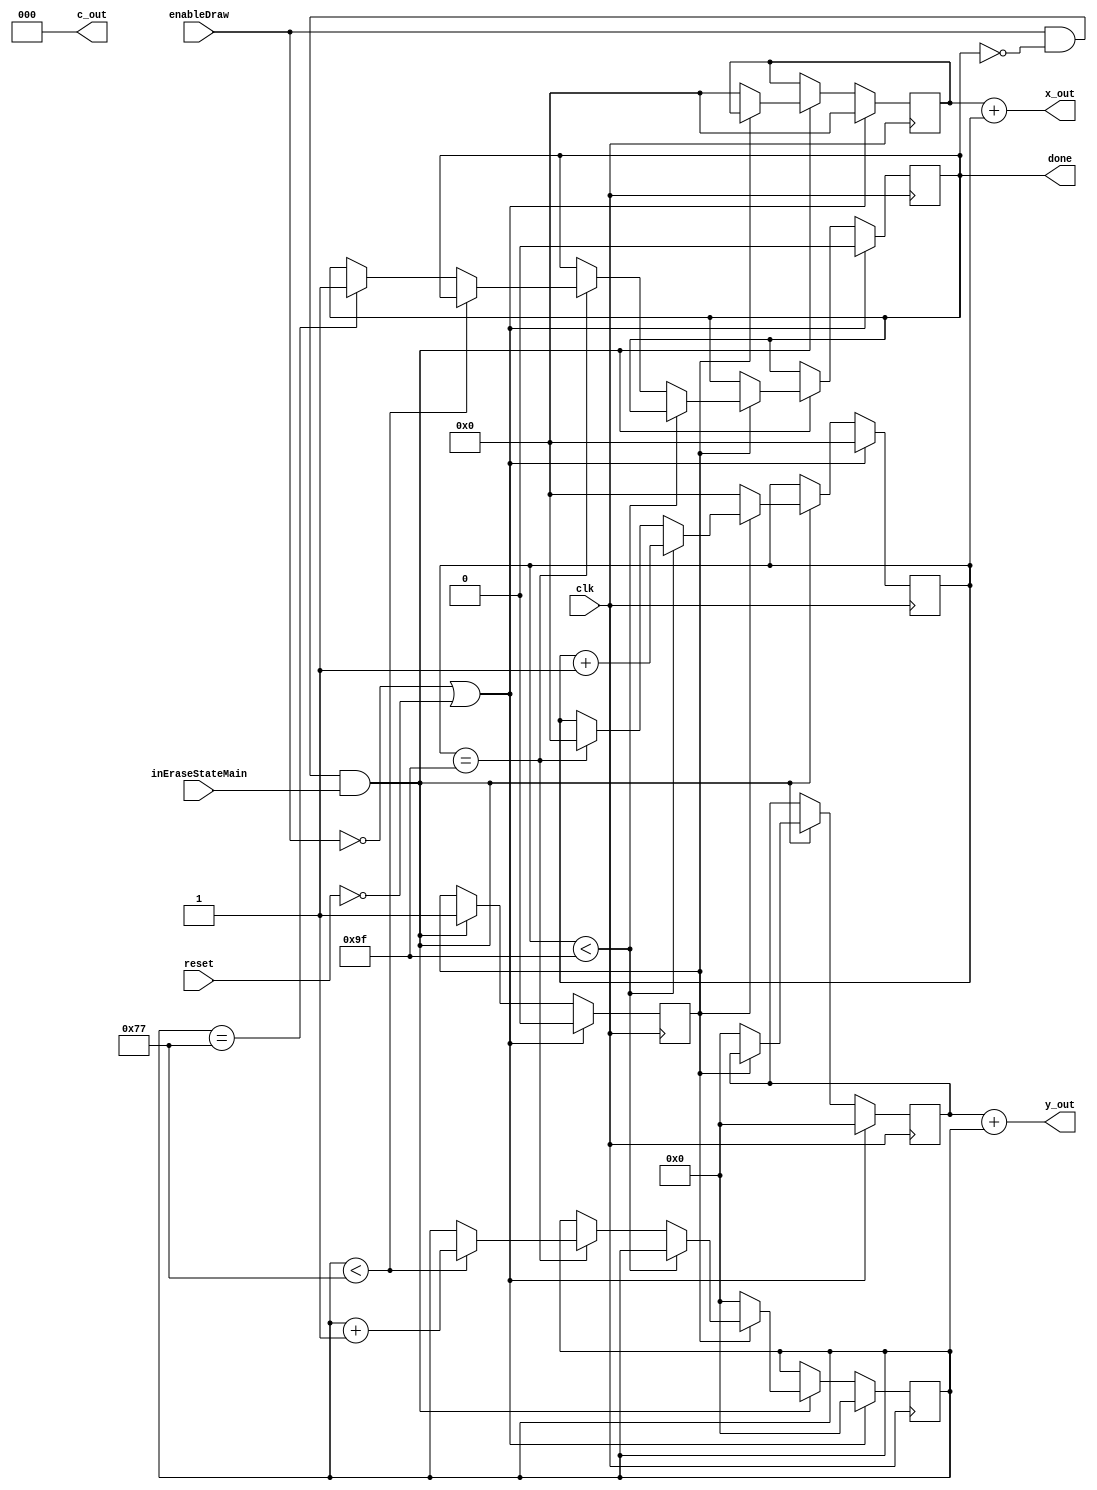
module erase(
	input clk, reset, enableDraw,
	output [7:0] x_out,
	output [6:0] y_out,
	output [2:0] c_out,
	output done,
	input inEraseStateMain
);
    
	reg [7:0] counterX, xOut; //placeholder for x_out and the counter assosciated with it
	reg [6:0] counterY, yOut; //placeholder for y_out and the counter assosciated with it
	reg done_;			//placeholder for the done output signal
	reg [2:0] color;		//reg for color
	reg start;

    localparam width = 8'd159,
              height = 7'd119;
	// draw logic

    	always @(posedge clk)
    	begin
    		if (!enableDraw || !reset) begin //when not draw and reset
    			counterX<=0; // reset counters when not enable
    			counterY<=0;
    			xOut<=0;	// when not drawing, x,y=0, c=0
    			yOut<=0;
    			done_<= 0;
    			start <=0;
    		end
    		else if (enableDraw && !done_ && inEraseStateMain) begin // when start draw and have not done draw yet
    			if (!start) begin 		// initiate starting drawing condition
    				start <= 1;
    				counterX <= 0;
    				counterY <= 0;
    				xOut<=0;
    				yOut<=0;
    			end
    			else if (start) begin			// when started to draw
    				if (counterX < width) begin counterX <= counterX + 1; end 	// drawing row
    				else if (counterX == width) begin		// one row finished, y+1 or not
    					counterX <= 0; 
    					if (counterY < height) begin	// new row
    						counterY <= counterY + 1;
    					end
    					else if (counterY == height) begin
    						done_ = 1;
    					end
    				end
    			end
    		end
    	end


	//assigning wires and registers to their corresponding outputs
	assign x_out = xOut + counterX;
	assign y_out = yOut + counterY;
	assign done = done_;
	assign c_out = 3'b0;

endmodule